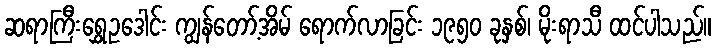
ဆရာကြီးရွှေဥဒေါင်း ကျွန်တော့်အိမ် ရောက်လာခြင်း ၁၉၅၀ ခုနှစ်၊ မိုးရာသီ ထင်ပါသည်။